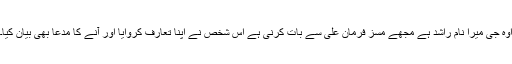
اوہ جی میرا نام راشد ہے مجھے مسز فرمان علی سے بات کرنی ہے اس شخص نے اپنا تعارف کروایا اور آنے کا مدعا بھی بیان کیا۔